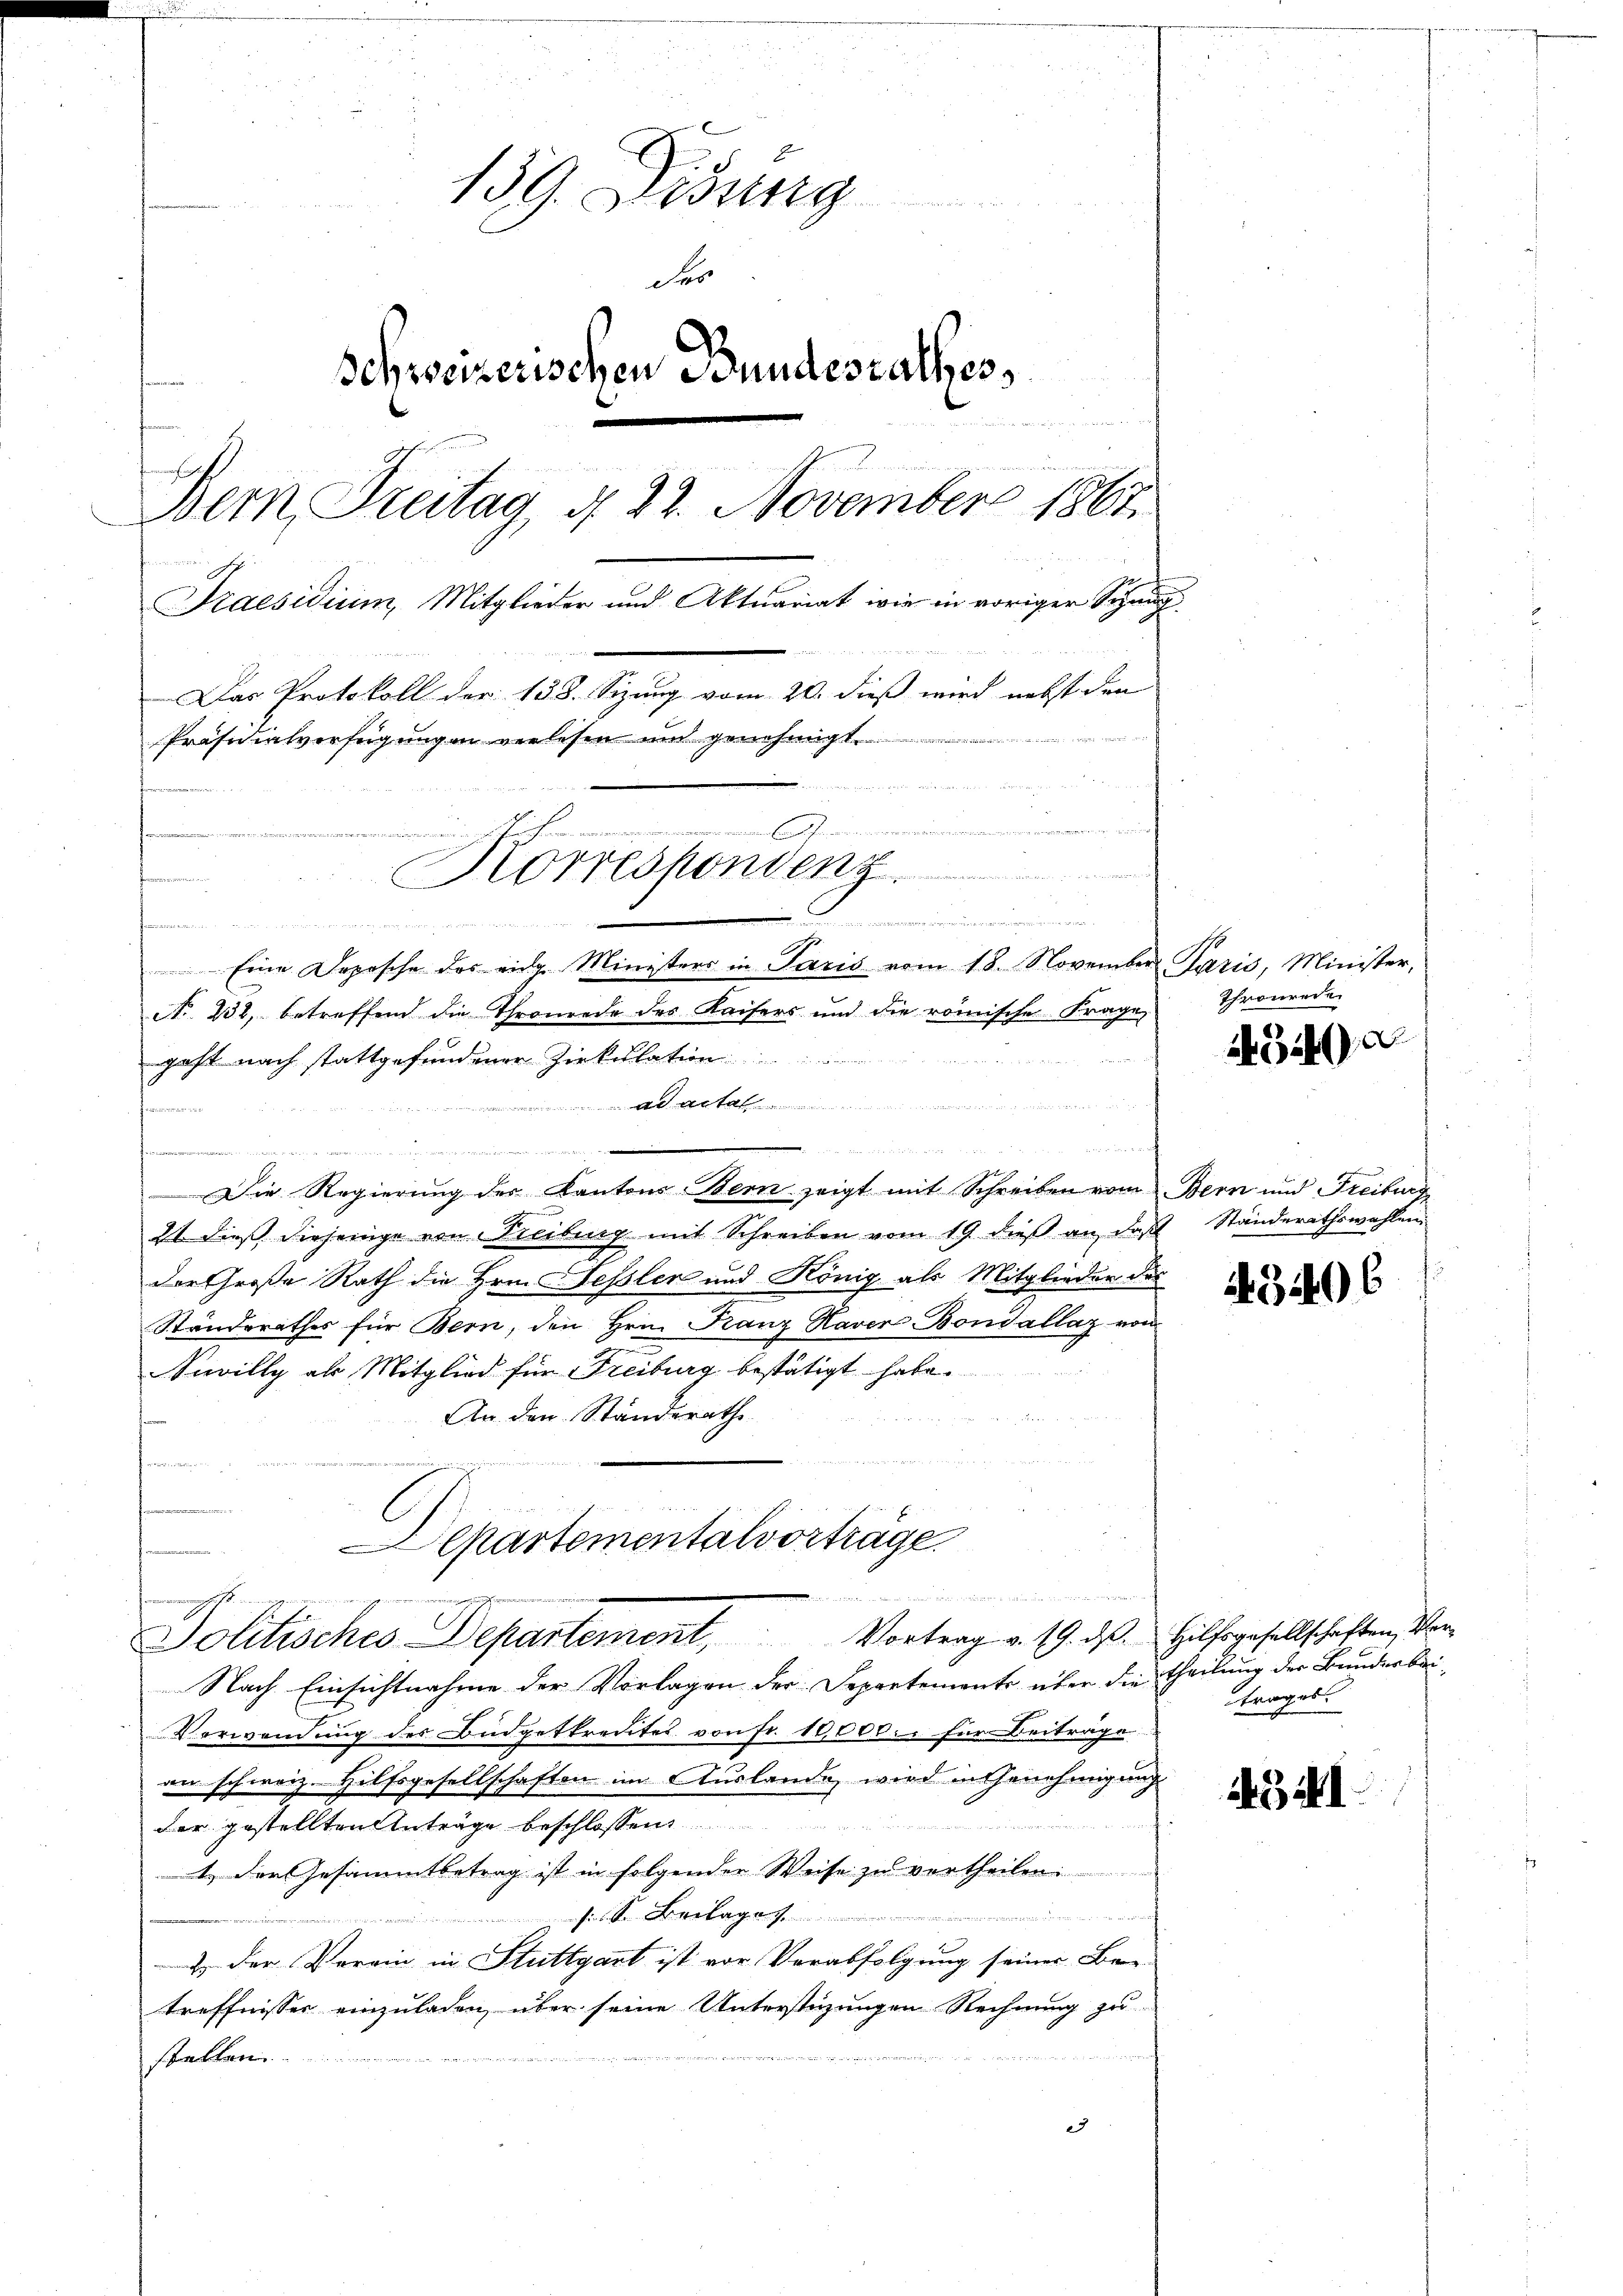
.
159. Didung
schweizerischen Bundesrathes,
n
Bern Treitag, d. 22. November 1863.
Praesidium, Mitglieder und Aktuariat wie in voriger Schang
Das Protokoll der 138. Sizung vom 20. dieß wird nebst den
Präsidialverfügungen verlesen und genehmigt
14
.
Korrespondenz

 ritt der hier
r

Sar

Eine Depesche des eidg. Ministers in Paris vom 18. November Paris, Minister,
No 252, betreffend die Thronrede des Kaisers und die römische Frage,
geht nach stattgefundener Zirkulation
A
san
t
d
u
Die Regierung des Kantons Bern zeigt mit Schreiben vom Bern und Freiburg
21 dieß diejenige von Freiburg mit Schreiben vom 19. dieß an, daß Ständerathswahlen
der Große Rath die Hrn. Fessler und König als Mitglieder des
Standerathes für Bern, den Hrn. Franz Naver Bondallaz von
Scilly als Mitglied für Freiburg bestätigt habe.
An den Ständerathe
u
n
femmen
Departementalvorträge

an den an der
Politisches Departement, Vortrag v. 19. ds. Hilfsgesellschaften, Ver

Nach Einsichtnahme der Vorlagen der Departements über die Theilung der Banderbei¬
Vorwendung des Büdgetkredites von fr. 10,000. für Beiträge
an schweiz. Hilfsgesellschaften im Auslande, wird in Genehmigung
der gestellten Anträge beschlossen
1.) Der Gesammtbetrag ist in folgender Weise zu vertheilen.
veter sein
siden Beilage
2 der Verein, in Stuttgart ist vor Verabfolgung seiner Ber
treffnisser einzuladen, über seine Unterstüzungen Rechnung zu
stellen.
27

Thronrede.
34 d

¬

43406

trages.

34I